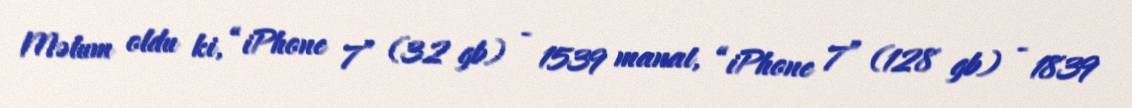
Məlum oldu ki, “iPhone 7” (32 gb) - 1539 manat, “iPhone 7” (128 gb) - 1839